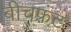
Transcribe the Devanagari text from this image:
बीचफ़्रंट